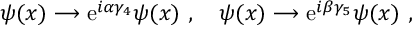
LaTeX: \psi ( x ) \longrightarrow { \mathrm e } ^ { i \alpha \gamma _ { 4 } } \psi ( x ) \ , \quad \psi ( x ) \longrightarrow { \mathrm e } ^ { i \beta \gamma _ { 5 } } \psi ( x ) \ ,